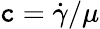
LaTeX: \mathtt{c}=\dot{{\gamma}}/\mu